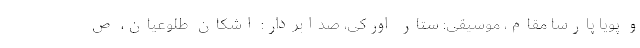
و پویا پارسا مقام، موسیقی: ستار اورکی، صدابردار: اشکان طلوعیان، ص